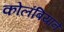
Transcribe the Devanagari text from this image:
कोलंबियाने